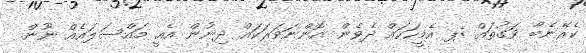
ކެރޭނެބާ ވަގުތައް :ޕ އެމީހަކައް ދެވެން އޮންނަވަރަކައް ދިނުން އެއީ މައްސަލައެއް ނޫން.